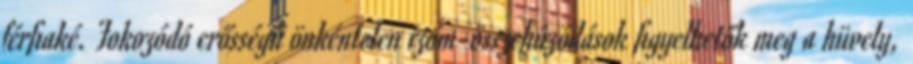
férﬁaké. Fokozódó erősségű önkéntelen izom-összehúzódások ﬁgyelhetők meg a hüvely,